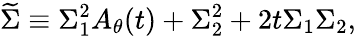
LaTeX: {\widetilde\Sigma}\equiv\Sigma_{1}^{2}A_{\theta}(t)+\Sigma_{2}^{2}+2t\Sigma_{1}\Sigma_{2},